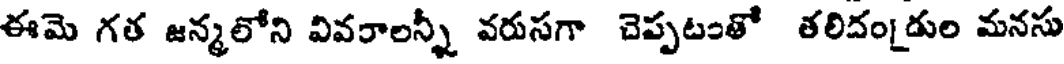
ఈమె గత జన్మలోని వివరాలన్నీ వరుసగా చెప్పటంతో తలిదండుల మనసు